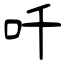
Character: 吀